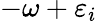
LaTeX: -\omega+\varepsilon_{i}